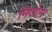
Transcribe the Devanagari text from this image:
निजोम